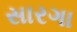
સારગા